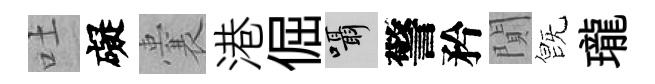
吐礙囊港倔囁警矜閴旣瓏